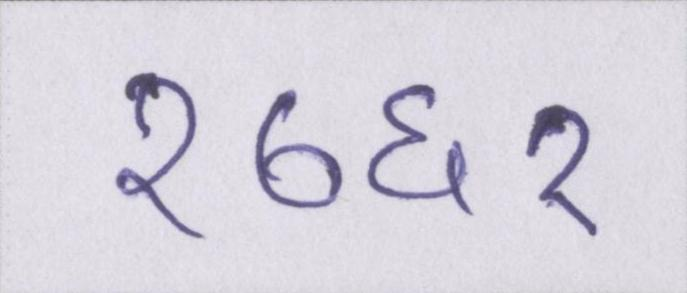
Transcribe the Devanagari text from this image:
१७६१